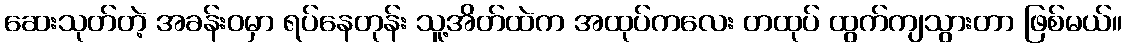
ဆေးသုတ်တဲ့ အခန်းဝမှာ ရပ်နေတုန်း သူ့အိတ်ထဲက အထုပ်ကလေး တထုပ် ထွက်ကျသွားတာ ဖြစ်မယ်။